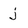
Character: j